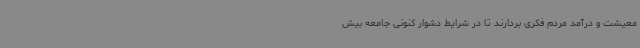
معیشت و درآمد مردم فکری بردارند تا در شرایط دشوار کنونی جامعه بیش